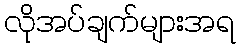
လိုအပ်ချက်များအရ